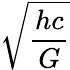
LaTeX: \sqrt{\frac{hc}{G}}